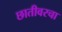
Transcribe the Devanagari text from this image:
छातीवरचा